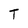
Character: T